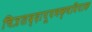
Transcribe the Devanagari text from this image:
चित्रशब्दापूपभक्षविपाक